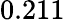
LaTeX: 0.211